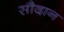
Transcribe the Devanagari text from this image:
सौदान